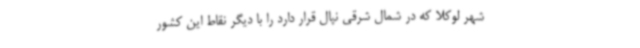
شهر لوکلا که در شمال شرقی نپال قرار دارد را با دیگر نقاط این کشور